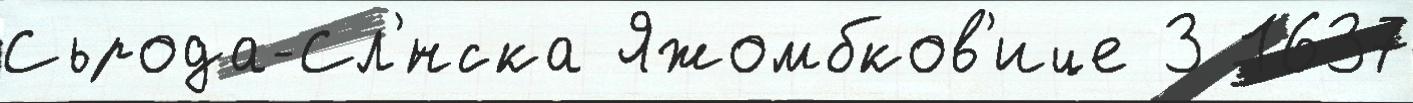
Сьрода-Сл'́нска Яжомбков'ице 3 1637